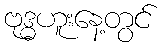
ဗုဒ္ဓဟူးနေ့တွင်